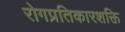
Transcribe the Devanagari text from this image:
रोगप्रतिकारशक्ति